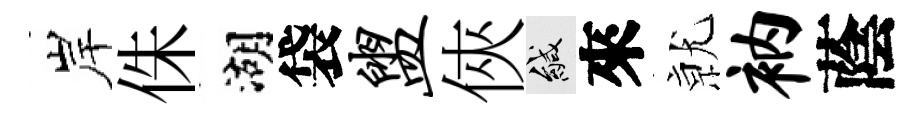
岸侏湖袋盥俠緘來𭕒衲蔭